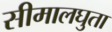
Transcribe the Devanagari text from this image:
सीमालघुता